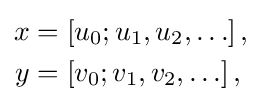
{\begin{aligned}x&=[u_{0};u_{1},u_{2},\ldots ]\,,\\y&=[v_{0};v_{1},v_{2},\ldots ]\,,\end{aligned}}